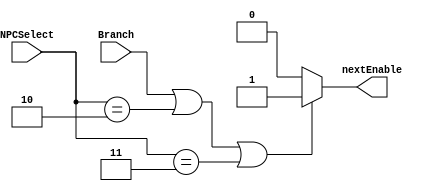
`timescale 1ns / 1ps
//////////////////////////////////////////////////////////////////////////////////
// Company: 
// 
// Design Name: 
// Module Name:    NPCEnable 
// Project Name: 
// Target Devices: 
// Tool versions: 
// Description: 
//
// Dependencies: 
//
// Revision: 
// Revision 0.01 - File Created
// Additional Comments: 
//
//////////////////////////////////////////////////////////////////////////////////
module NPCEnable(
	input Branch,
	input [2:0] NPCSelect,
	
	output nextEnable
    );
	
	assign nextEnable=(Branch||NPCSelect=='b010||NPCSelect=='b011)?1:0;
	
endmodule